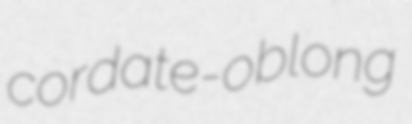
cordate-oblong